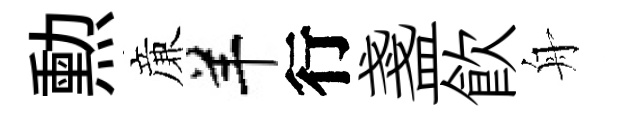
勲亷羊行盞飮舟